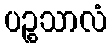
ပဉ္စသာလံ